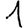
Digit: 1